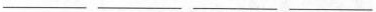
___ ___ ___ ___